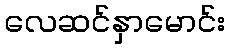
လေဆင်နှာမောင်း